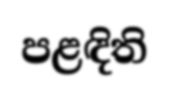
පළඳිති